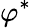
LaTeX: \varphi^{*}